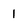
Character: 1